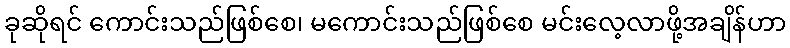
ခုဆိုရင် ကောင်းသည်ဖြစ်စေ၊ မကောင်းသည်ဖြစ်စေ မင်းလေ့လာဖို့အချိန်ဟာ